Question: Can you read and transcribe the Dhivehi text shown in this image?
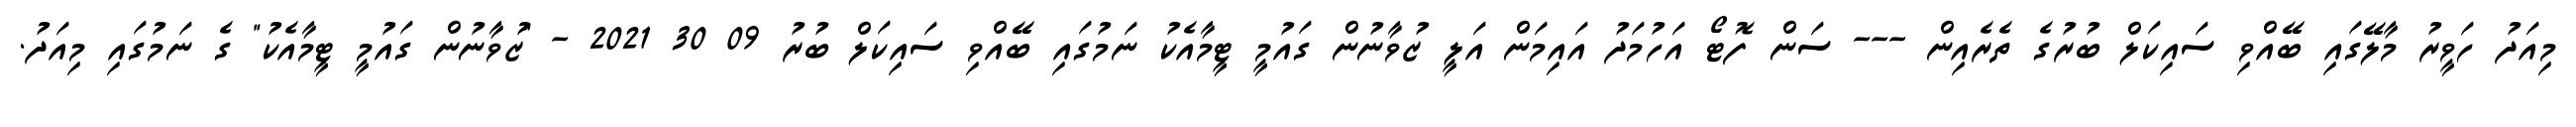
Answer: މިއަދު ހަވީރު މާލޭގައި ބޭއްވި ސައިކަލް ބުރުގެ ތެރެއިން --- ސަން ފޮޓޯ އަހުމަދު އައިމަން އަލީ ޒުވާނުން ގައުމީ ޓީމާއެކު ނަމުގައި ބޭއްވި ސައިކަލް ބުރު 09 30 2021 - "ޒުވާނުން ގައުމީ ޓީމާއެކު" ގެ ނަމުގައި މިއަދު.